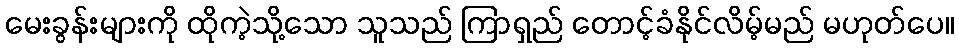
မေးခွန်းများကို ထိုကဲ့သို့သော သူသည် ကြာရှည် တောင့်ခံနိုင်လိမ့်မည် မဟုတ်ပေ။